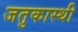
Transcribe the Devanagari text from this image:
जतुकास्थी